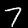
Digit: 7